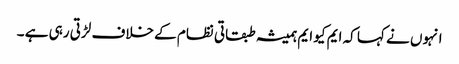
انہوں نے کہا کہ ایم کیو ایم ہمیشہ طبقاتی نظام کے خلاف لڑتی رہی ہے ۔